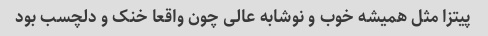
پیتزا مثل همیشه خوب و نوشابه عالی چون واقعا خنک و دلچسب بود